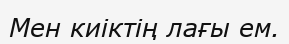
Мен киіктің лағы ем.